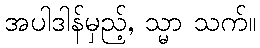
အပါဒါန်မှည့်, သ္မာ သက်။